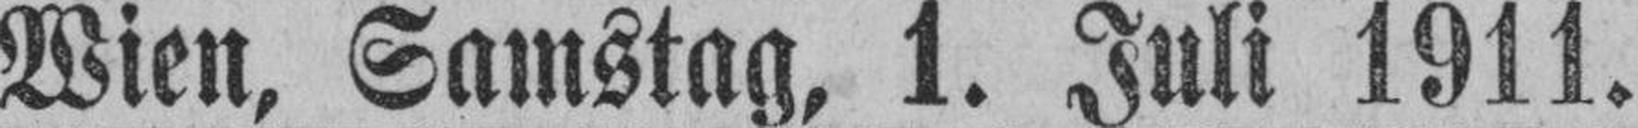
Wien, Samstag, 1. Juli 1911.